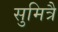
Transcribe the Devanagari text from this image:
सुमित्रै